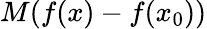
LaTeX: M(f(x)-f(x_{0}))